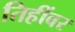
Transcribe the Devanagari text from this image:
तिहींवर